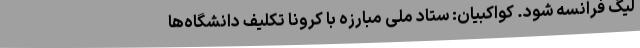
لیگ فرانسه شود. کواکبیان: ستاد ملی مبارزه با کرونا تکلیف دانشگاه‌ها